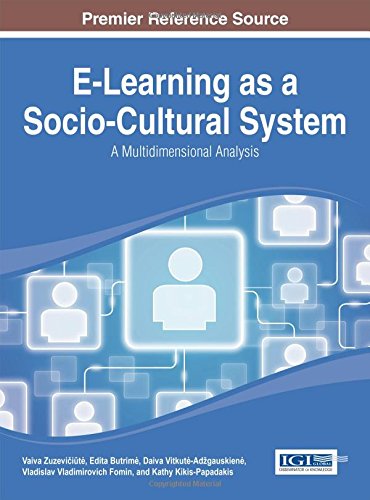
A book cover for E-Learning as a Socio-Cultural System: A Multidimensional Analysis (Advances in Educational Technologies and Instructional Design (Aetid)); Vaiva Zuzeviit; Computers & Technology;